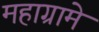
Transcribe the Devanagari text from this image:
महाग्रामे